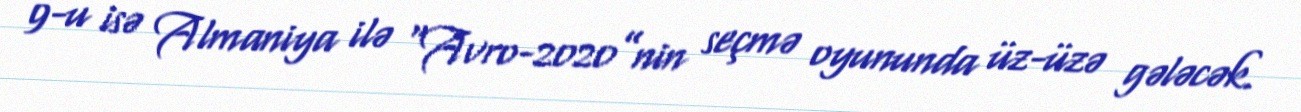
9-u isə Almaniya ilə “Avro-2020”nin seçmə oyununda üz-üzə gələcək.